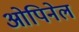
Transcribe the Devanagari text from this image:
ओपिनेल